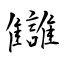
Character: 讎